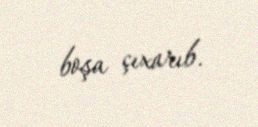
boşa çıxarıb.